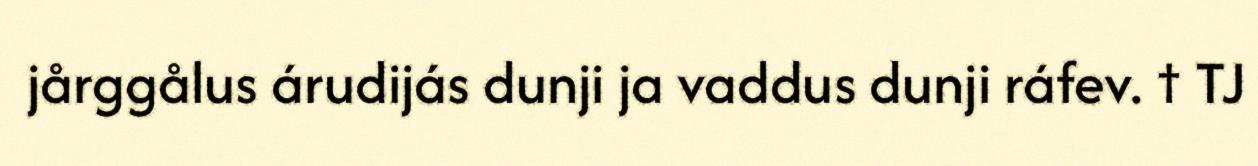
jårggålus árudijás dunji ja vaddus dunji ráfev. † TJ